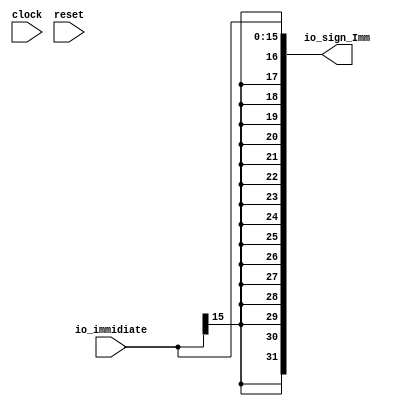
module SignExtension(
  input         clock,
  input         reset,
  input  [15:0] io_immidiate,
  output [31:0] io_sign_Imm
);
  wire  sign_bit = io_immidiate[15]; // @[SignExtension.scala 11:32]
  wire [7:0] sign_bits_lo = {sign_bit,sign_bit,sign_bit,sign_bit,sign_bit,sign_bit,sign_bit,sign_bit}; // @[SignExtension.scala 17:33]
  wire [15:0] sign_bits = {sign_bit,sign_bit,sign_bit,sign_bit,sign_bit,sign_bit,sign_bit,sign_bit,sign_bits_lo}; // @[SignExtension.scala 17:33]
  assign io_sign_Imm = {sign_bits,io_immidiate}; // @[Cat.scala 31:58]
endmodule